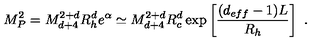
M _ { P } ^ { 2 } = M _ { d + 4 } ^ { 2 + d } R _ { h } ^ { d } e ^ { \alpha } \simeq M _ { d + 4 } ^ { 2 + d } R _ { c } ^ { d } \exp \left[ \frac { ( d _ { e f f } - 1 ) L } { R _ { h } } \right] \ .